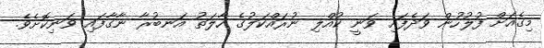
މިގެއަށް ފުލުހުން ވަދެފައި ވަނީ ކުއްލި ނުރައްކަލުގެ ހާލަތު އަނބުރާ ނާގާފައި ވަނިކޮށެވެ.